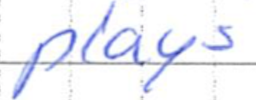
Text: plays
Cross-out: clean
Writing tool: ballpoint